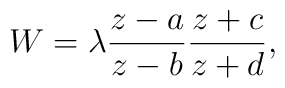
W=\lambda \frac{z-a}{z-b}\frac{z+c}{z+d},